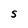
Character: S